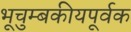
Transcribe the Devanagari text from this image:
भूचुम्बकीयपूर्वक